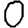
Digit: 0